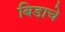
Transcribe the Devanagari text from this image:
बिडाचे